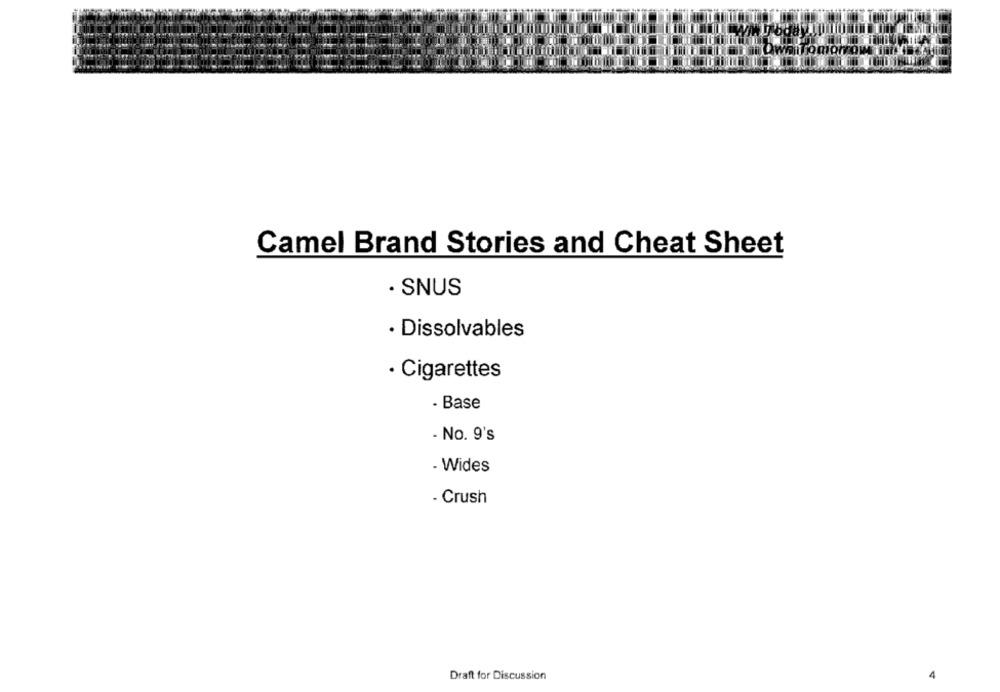
Camel Brand Stories and Cheat Sheet
. SNUS
· Dissolvables
· Cigarettes
- Base
- No. 9's
- Wides
- Crush
Draft for Discussion